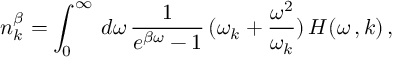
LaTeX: n _ { k } ^ { \beta } = \int _ { 0 } ^ { \infty } \, d \omega \, \frac { 1 } { e ^ { \beta \omega } - 1 } \, ( \omega _ { k } + \frac { \omega ^ { 2 } } { \omega _ { k } } ) \, H ( \omega \, , k ) \, ,